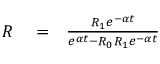
\begin{array} { r l r } { R } & { { } = } & { \frac { R _ { 1 } e ^ { - \alpha t } } { e ^ { \alpha t } - R _ { 0 } R _ { 1 } e ^ { - \alpha t } } } \end{array}